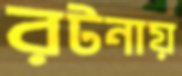
রটনায়